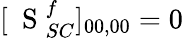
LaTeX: [\mathrm{~\mathbf~S~}_{SC}^{f}]_{00,00}=0